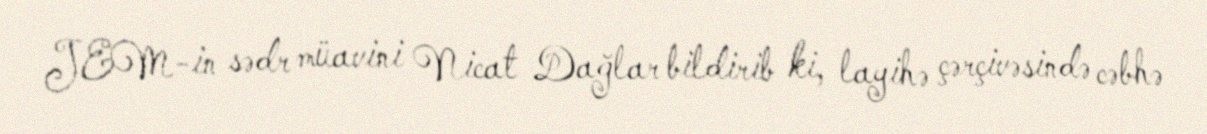
JEM-in sədr müavini Nicat Dağlar bildirib ki, layihə çərçivəsində cəbhə